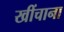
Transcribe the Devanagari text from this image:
खींचाना